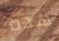
هذه